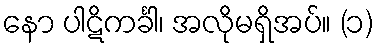
နော ပါဋိကင်္ခါ၊ အလိုမရှိအပ်။ (၁)